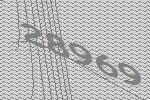
28969